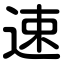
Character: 速